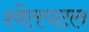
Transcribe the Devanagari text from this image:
श्‍वेतपटल